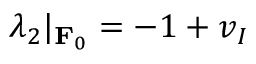
\lambda _ { 2 } | _ { \mathbf { F } _ { 0 } } = - 1 + v _ { I }